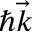
\hbar \vec { k }